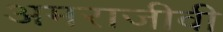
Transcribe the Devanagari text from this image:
अमराजीवी